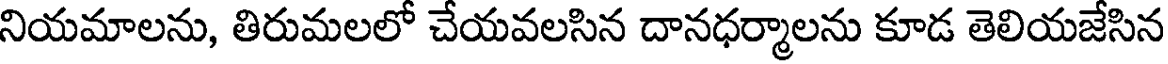
నియమాలను, తిరుమలలో చేయవలసిన దానధర్మాలను కూడ తెలియజేసిన